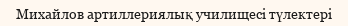
Михайлов артиллериялық училищесі түлектері